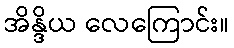
အိန္ဒိယ လေကြောင်း။